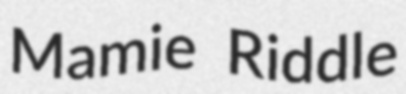
Mamie Riddle